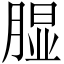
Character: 𱼎